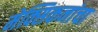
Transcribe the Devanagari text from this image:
मेक्सिकनांचा